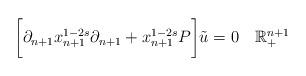
LaTeX: \begin{align*}\bigg[\partial_{n+1}x_{n+1}^{1-2s}\partial_{n+1}+x_{n+1}^{1-2s}P\bigg]\tilde{u}=0\quad\mathbb{R}_{+}^{n+1}\end{align*}